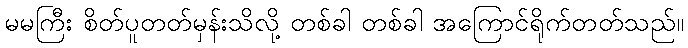
မမကြီး စိတ်ပူတတ်မှန်းသိလို့ တစ်ခါ တစ်ခါ အကြောင်ရိုက်တတ်သည်။